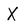
Character: X